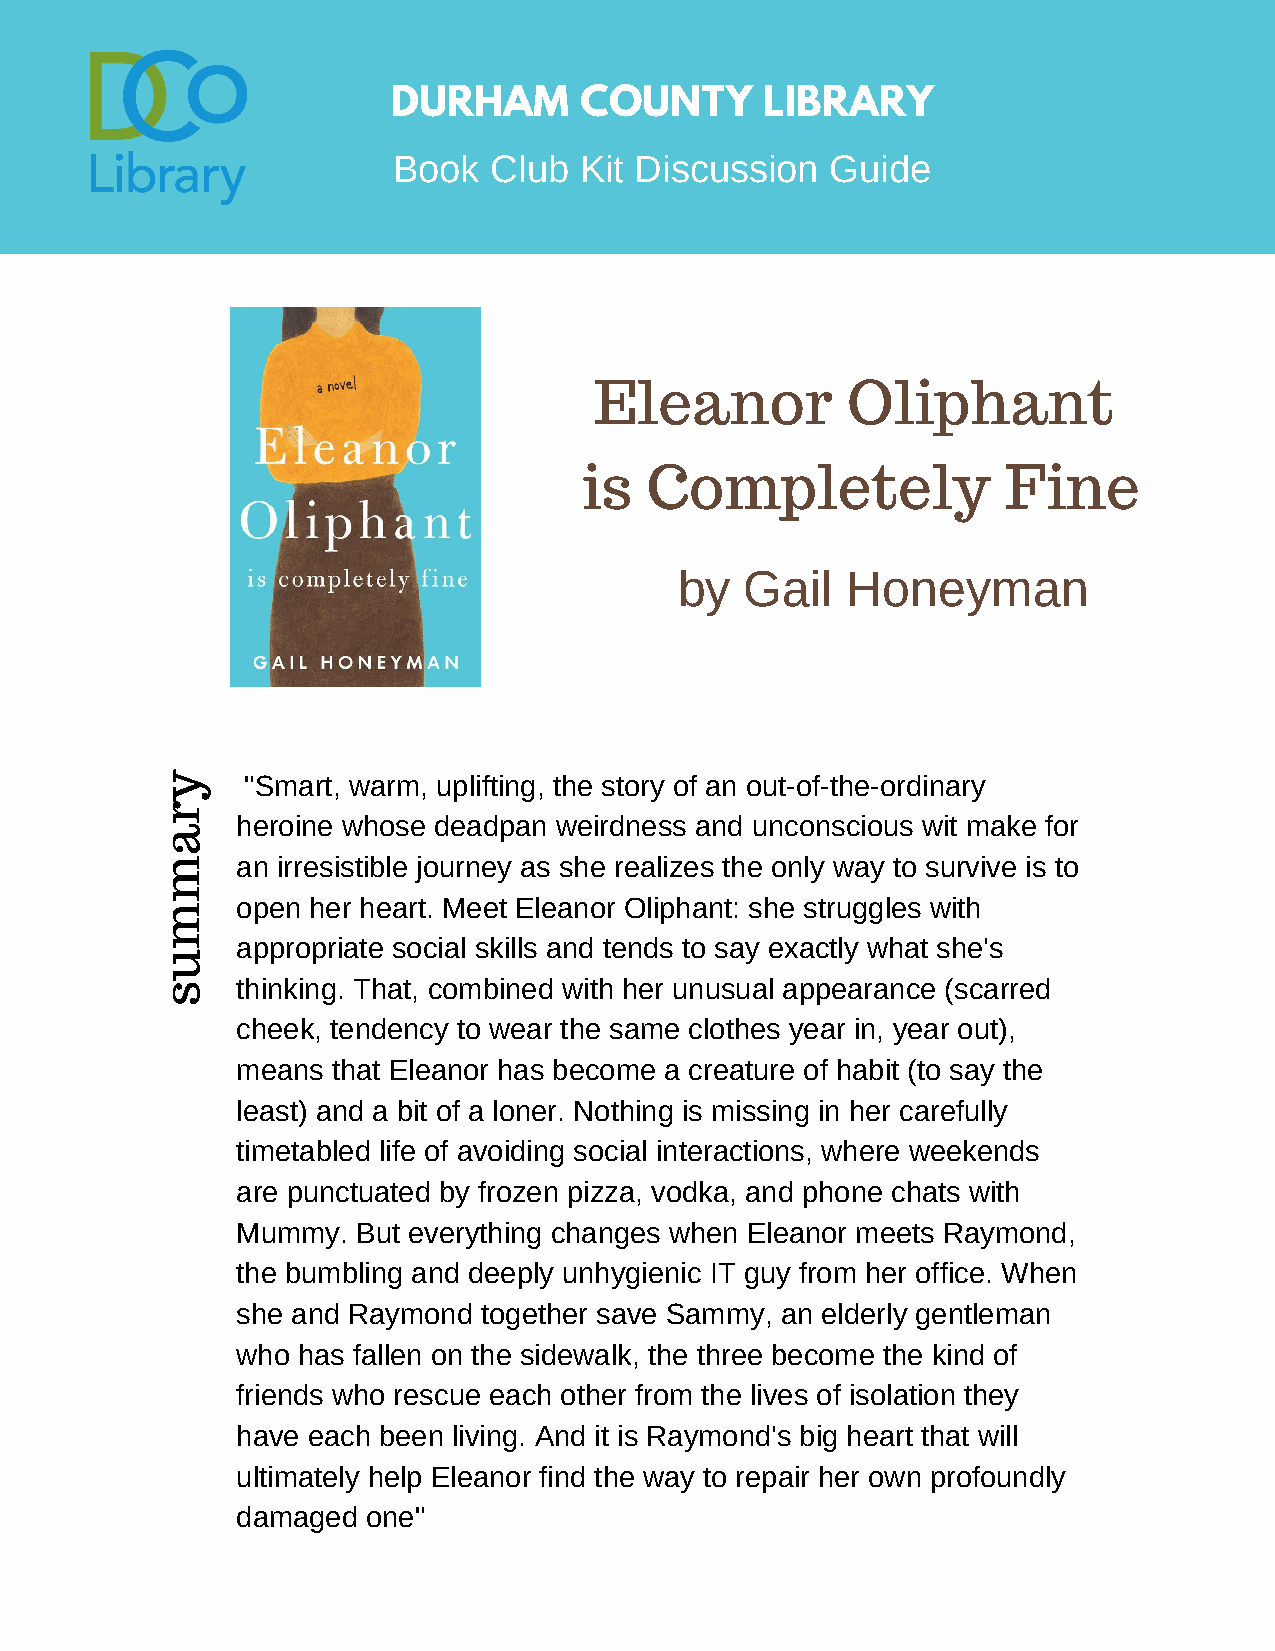
DURHAM      COUNTY       LIBRARY
 Book  Club  Kit Discussion   Guide
 Eleanor          Oliphant
 is  Completely              Fine
 by  Gail   Honeyman
 y    "Smart, warm, uplifting, the story of an out-of-the-ordinary
 r
 heroine whose deadpan weirdness and unconscious wit make for
 a
 m    an irresistible journey as she realizes the only way to survive is to
 open her heart. Meet Eleanor Oliphant: she struggles with
 m
 appropriate social skills and tends to say exactly what she's
 u
 s    thinking. That, combined with her unusual appearance (scarred
 cheek, tendency to wear the same clothes year in, year out),
 means that Eleanor has become a creature of habit (to say the
 least) and a bit of a loner. Nothing is missing in her carefully
 timetabled life of avoiding social interactions, where weekends
 are punctuated by frozen pizza, vodka, and phone chats with
 Mummy.  But everything changes when Eleanor meets Raymond,
 the bumbling and deeply unhygienic IT guy from her office. When
 she and Raymond together save Sammy, an elderly gentleman
 who has fallen on the sidewalk, the three become the kind of
 friends who rescue each other from the lives of isolation they
 have each been living. And it is Raymond's big heart that will
 ultimately help Eleanor find the way to repair her own profoundly
 damaged one"